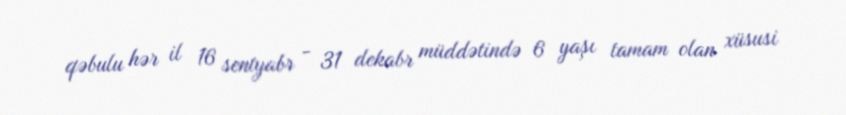
qəbulu hər il 16 sentyabr - 31 dekabr müddətində 6 yaşı tamam olan xüsusi